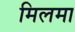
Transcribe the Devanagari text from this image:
मिलमा